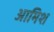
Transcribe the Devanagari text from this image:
आमिश